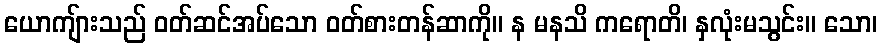
ယောကျ်ားသည် ဝတ်ဆင်အပ်သော ဝတ်စားတန်ဆာကို။ န မနသိ ကရောတိ၊ နှလုံးမသွင်း။ သော၊